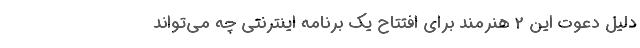
دلیل دعوت این 2 هنرمند برای افتتاح یک برنامه اینترنتی چه می‌تواند